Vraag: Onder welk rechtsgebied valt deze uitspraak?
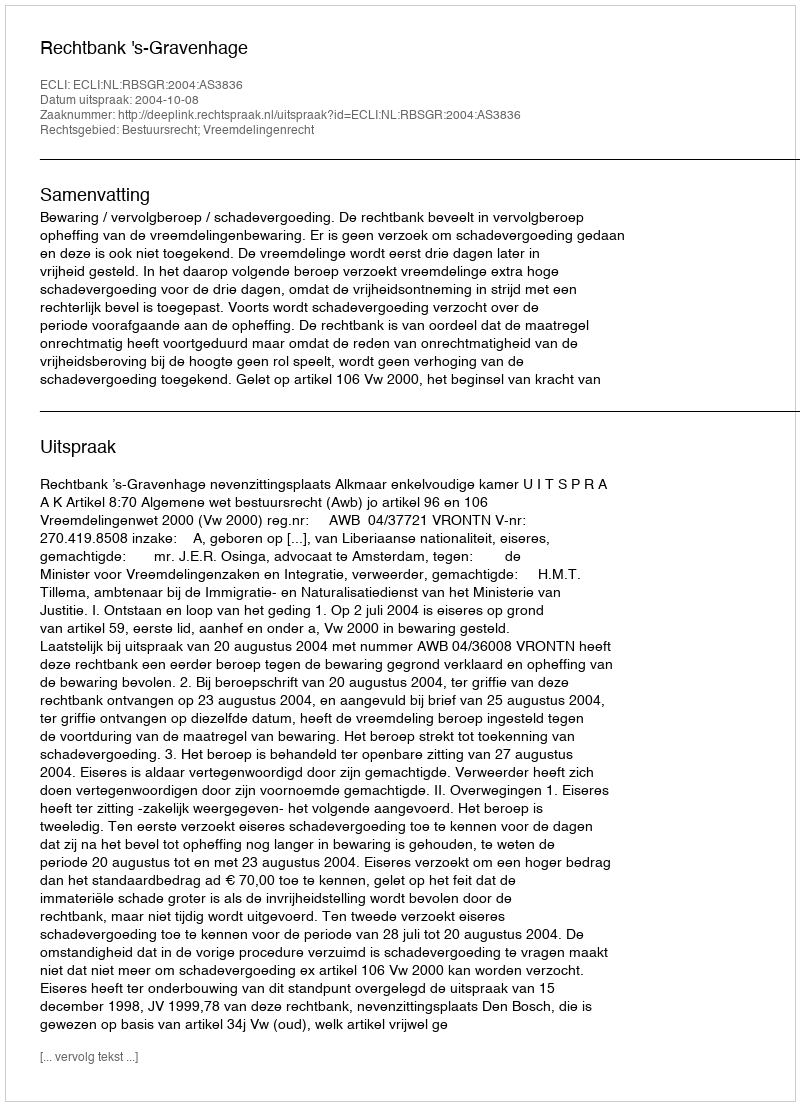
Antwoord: Bestuursrecht; Vreemdelingenrecht